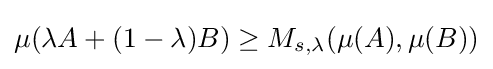
\mu (\lambda A+(1-\lambda )B)\geq M_{s,\lambda }(\mu (A),\mu (B))